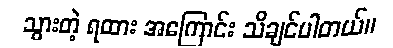
သွားတဲ့ ရထား အကြောင်း သိချင်ပါတယ်။